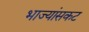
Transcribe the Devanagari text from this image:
भाज्यांसकट